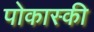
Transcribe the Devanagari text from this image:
पोकास्की